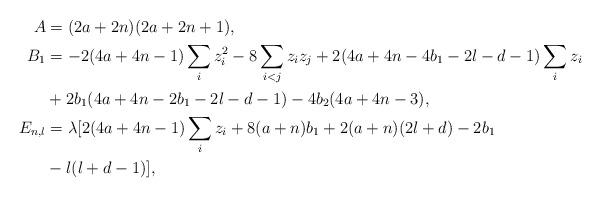
LaTeX: \begin{align*} A &= (2a+2n)(2a+2n+1), \\ B_1 &= - 2(4a+4n-1) \sum_i z_i^2 - 8 \sum_{i<j} z_i z_j + 2(4a+4n-4b_1-2l-d-1) \sum_i z_i \\ &{}+ 2b_1(4a+4n-2b_1-2l-d-1) - 4b_2(4a+4n-3), \\ E_{n,l} &= \lambda [2(4a+4n-1) \sum_i z_i + 8(a+n)b_1 + 2(a+n)(2l+d) - 2b_1\\ &{}- l(l+d-1)],\end{align*}